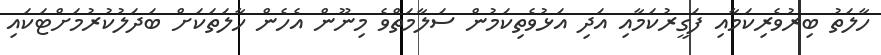
ހާލަތު ބިރުވެރިކަމާއި ފަގީރުކަމާއި އަދި އަޅުވެތިކަމުން ސަލާމަތްވެ މިނޫން އެހެން ހާލަތަކަށް ބަދަލުކުރުމަށްޓަކައި